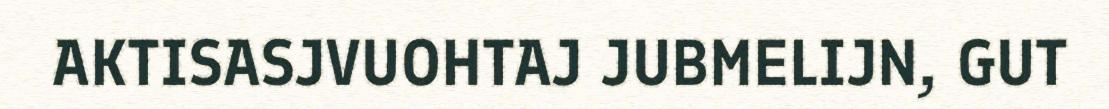
AKTISASJVUOHTAJ JUBMELIJN, GUT